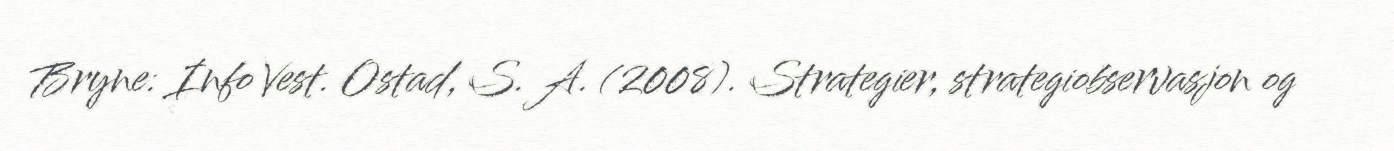
Bryne: Info Vest. Ostad, S. A. (2008). Strategier, strategiobservasjon og